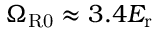
\Omega _ { \mathrm { { R 0 } } } \approx 3 . 4 E _ { \mathrm { { r } } }